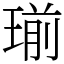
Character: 瑐